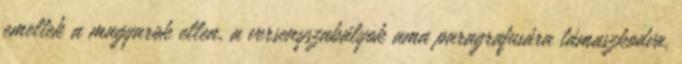
emeltek a magyarok ellen, a versenyszabályok ama paragrafusára támaszkodva,